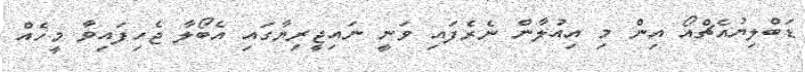
ޑަބްލިޔުއެޗްއޯ އިން މި އިއުލާން ނެރެފައި ވަނީ ނައިޖީރިޔާގައި އެބޯލާ ޖެހިފައިވާ މީހެއް